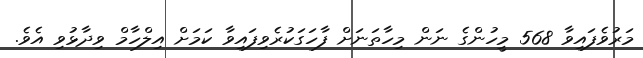
މަރުވެފައިވާ 568 މީހުންގެ ނަން މިހާތަނަށް ފާހަގަކުރެވިފައިވާ ކަމަށް އިލްހާމް ވިދާޅުވި އެވެ.